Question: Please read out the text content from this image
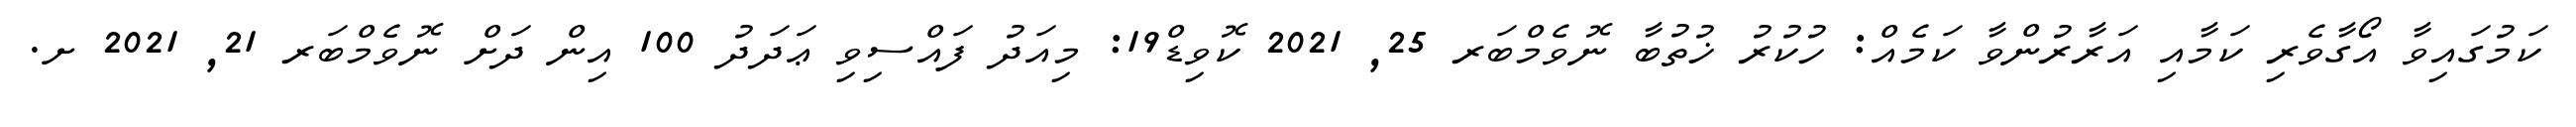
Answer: ކަމުގައިވާ އޯގާވެރި ކަމާއި އަރާރުންވާ ކަމެއް: ހުކުރު ޚުތުބާ ނޮވެމްބަރ 25, 2021 ކޮވިޑް19: މިއަދު ފައްސިވި ޢަދަދު 100 އިން ދަށް ނޮވެމްބަރ 21, 2021 ށ.